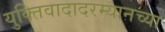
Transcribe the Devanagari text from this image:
युक्तिवादादरम्यानच्या